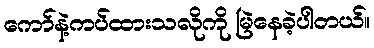
ကော်နဲ့ကပ်ထားသလိုကို မြဲနေခဲ့ပါတယ်။